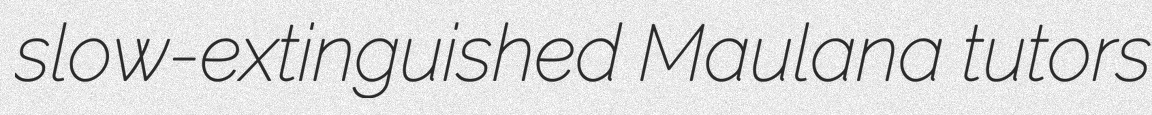
slow-extinguished Maulana tutors